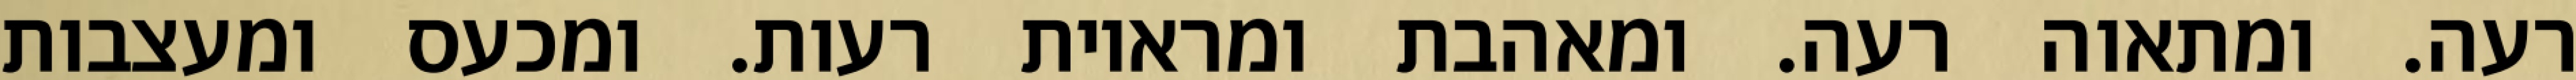
רעה. ומתאוה רעה. ומאהבת ומראיות רעות. ומכעס ומעצבות